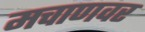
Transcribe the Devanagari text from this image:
मचाणवर